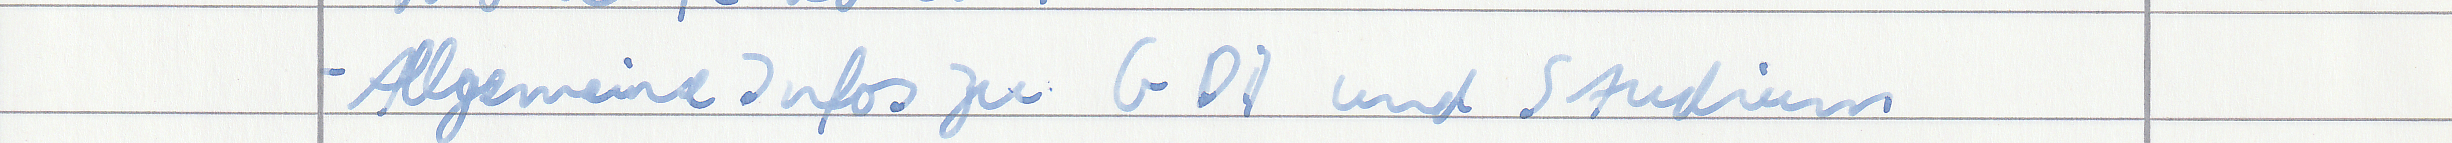
- Allgemeine Infos zu GDI und Studium